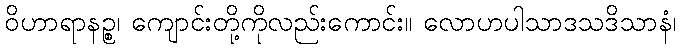
ဝိဟာရာနဉ္စ၊ ကျောင်းတို့ကိုလည်းကောင်း။ လောဟပါသာဒသဒိသာနံ၊